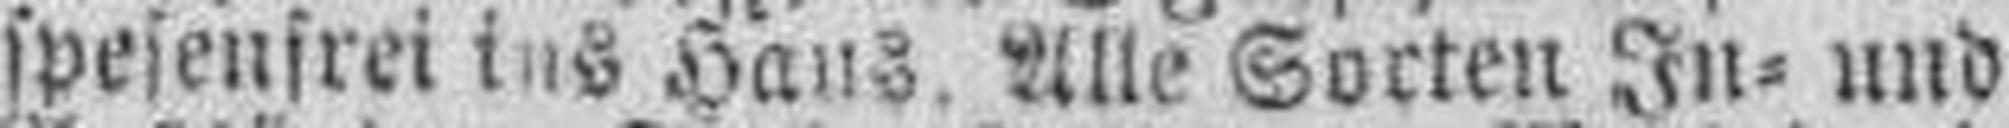
spesenfrei ins Haus. Alle Sorten In= und